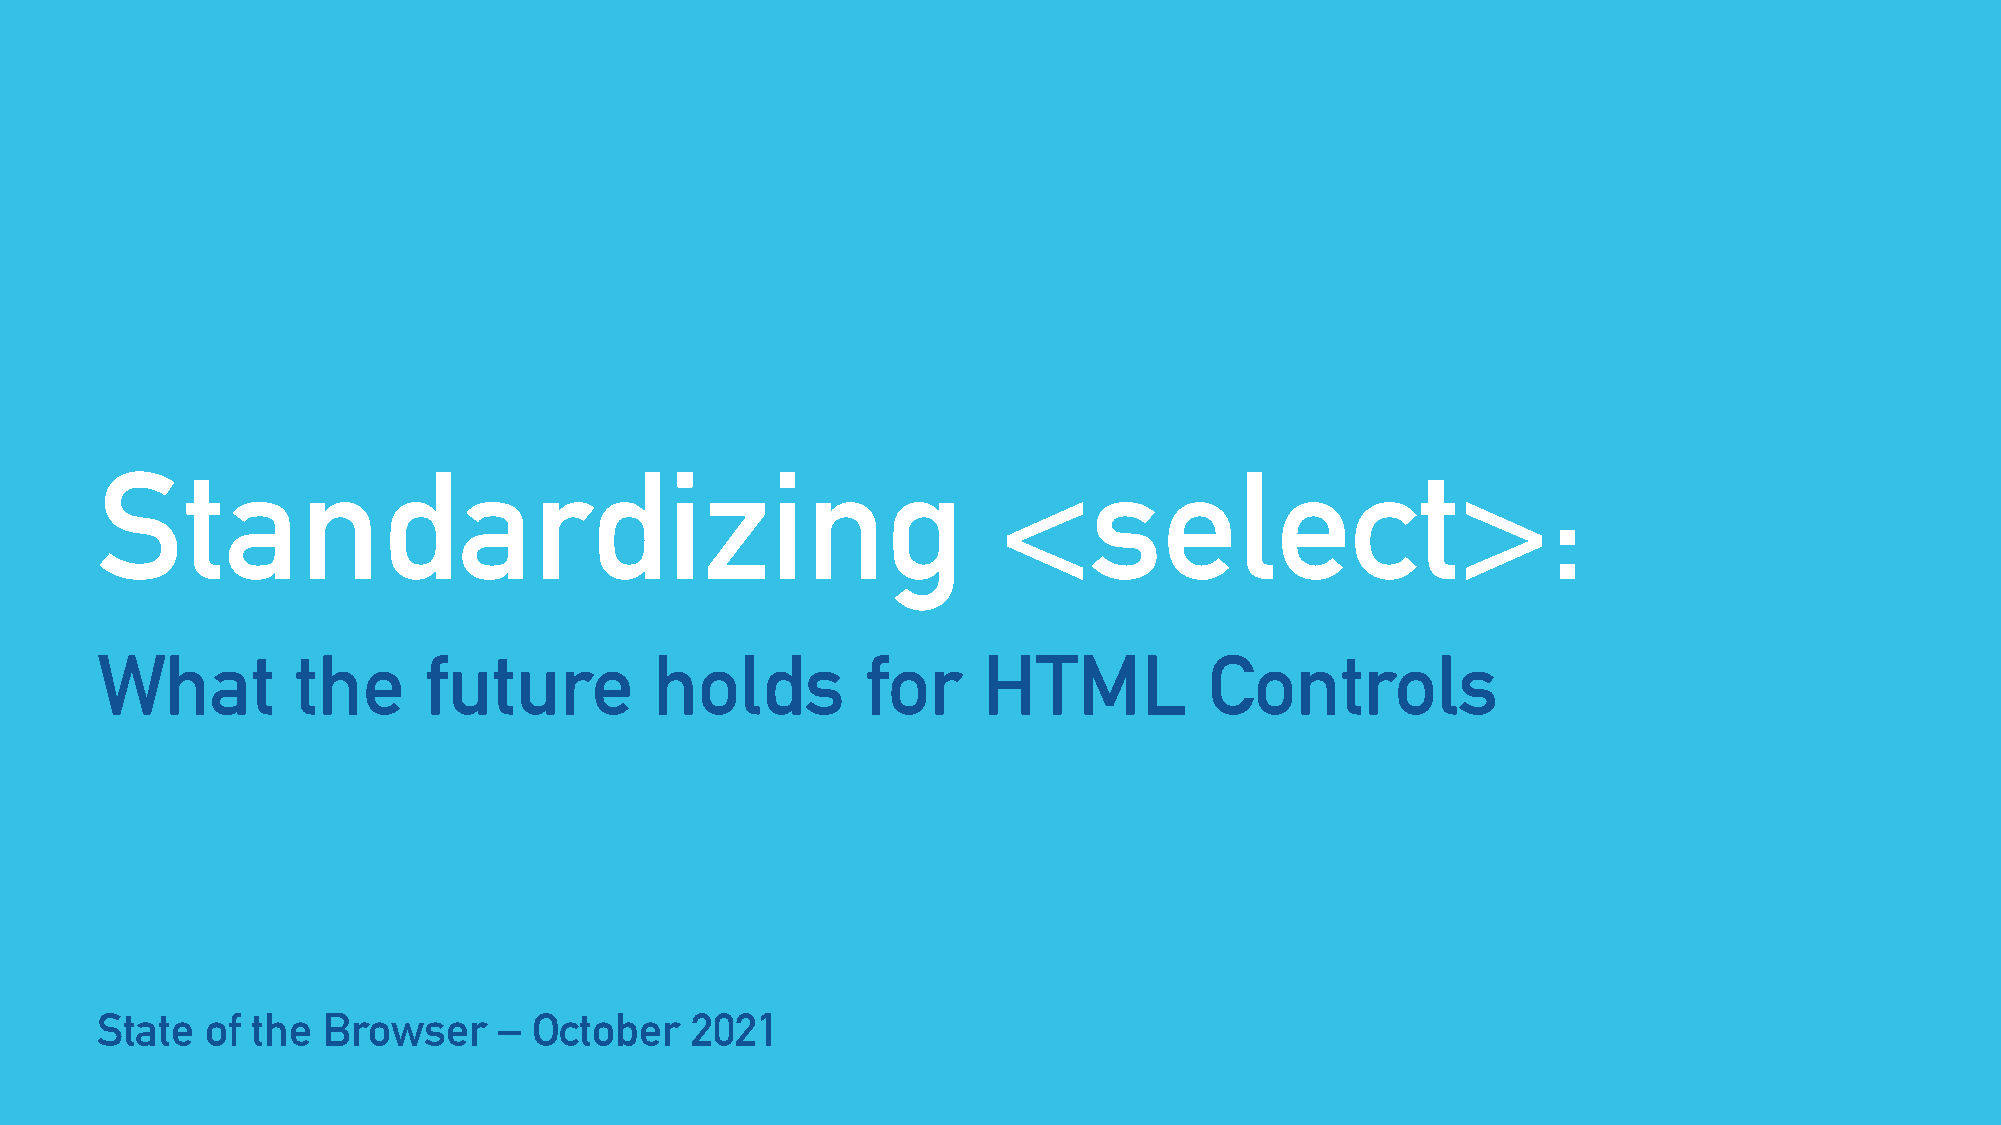
Standardizing                                               <select>:
 What          the     future         holds         for     HTML           Controls
 State   of the Browser     – October    2021